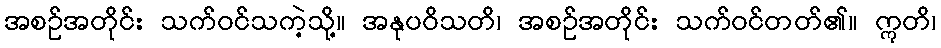
အစဉ်အတိုင်း သက်ဝင်သကဲ့သို့။ အနုပဝိသတိ၊ အစဉ်အတိုင်း သက်ဝင်တတ်၏။ ဣတိ၊